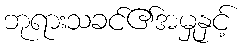
ဘုရားသခင်၏အမှုနှင့်